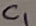
Text: C1